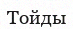
Тойды